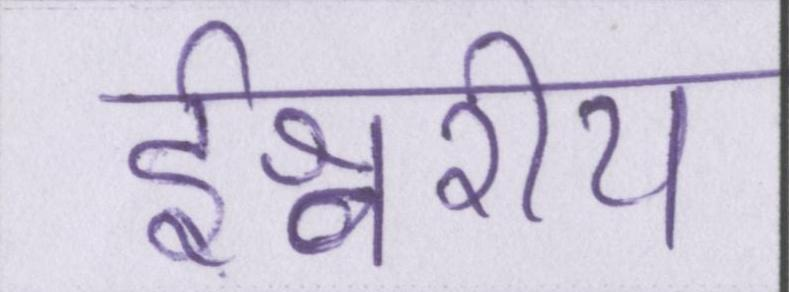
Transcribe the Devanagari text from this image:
ईश्वरीय